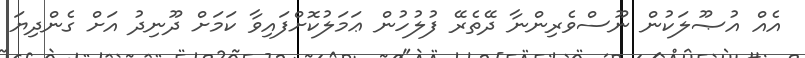
އެއް އުޞޫލަކުން ނޫސްވެރިންނާ ދޭތެރޭ ފުލުހުން ޢަމަލުކޮށްފައިވާ ކަމަށް ދޫނިދު އަށް ގެންދިޔަ